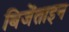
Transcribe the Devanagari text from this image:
बिजेंताइन